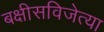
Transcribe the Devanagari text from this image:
बक्षीसविजेत्या